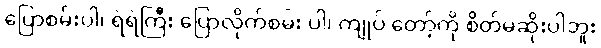
ပြောစမ်းပါ၊ ရဲရဲကြီး ပြောလိုက်စမ်း ပါ၊ ကျုပ် တော့်ကို စိတ်မဆိုးပါဘူး